Problem: 26 + 33 = ?
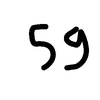
Handwritten answer: 59